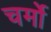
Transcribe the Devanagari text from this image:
चर्मो